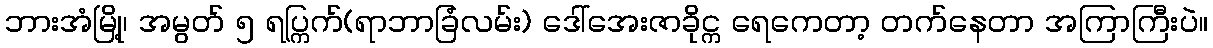
ဘားအံမြို့၊ အမွတ် ၅ ရပ္ကြက်(ရာဘာခြံလမ်း) ဒေါ်အေးဇာခိုင္က ရေကေတာ့ တက်နေတာ အကြာကြီးပဲ။